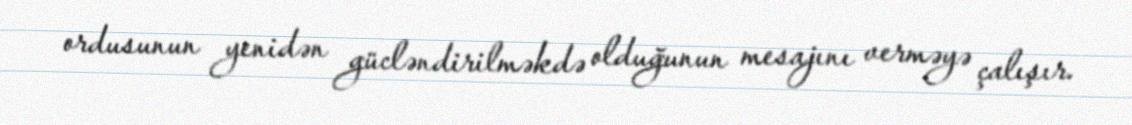
ordusunun yenidən gücləndirilməkdə olduğunun mesajını verməyə çalışır.